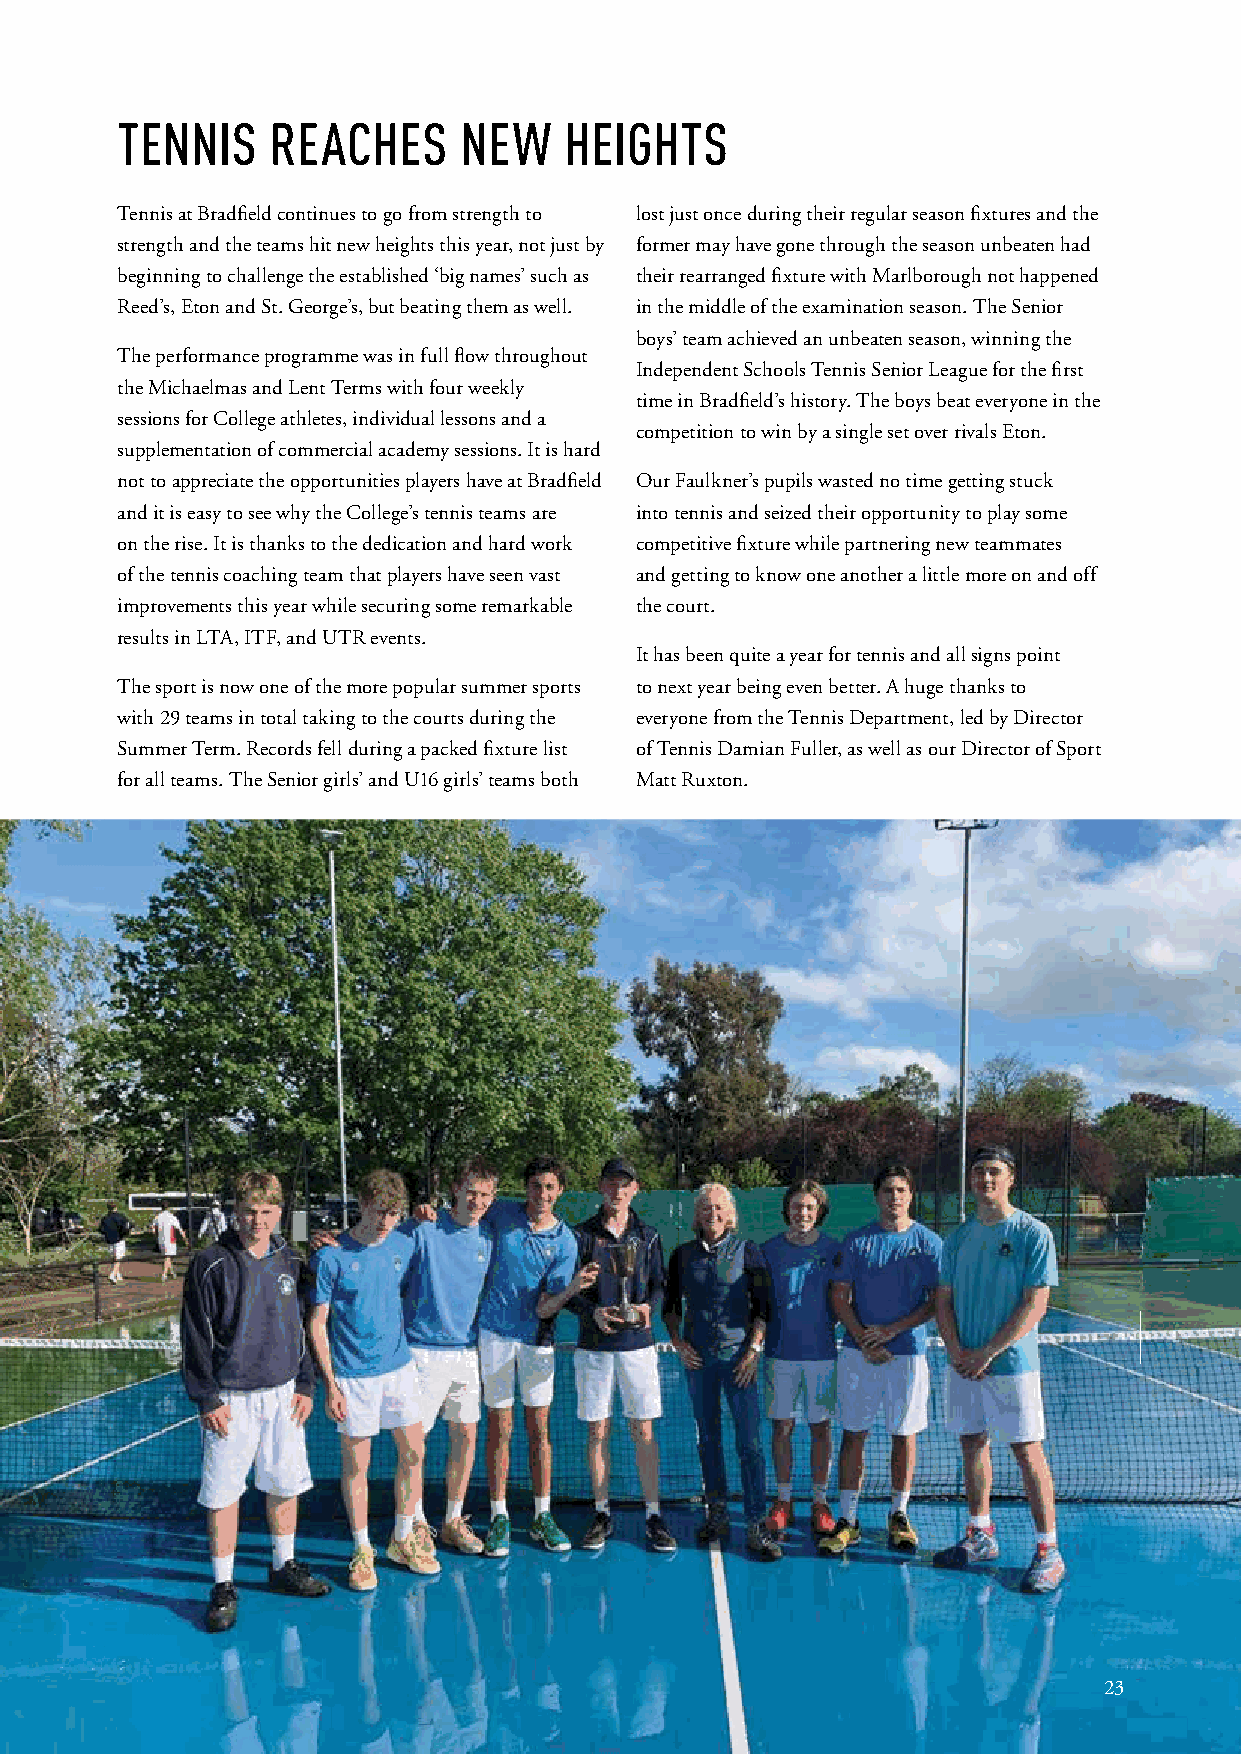
TENNIS    REACHES     NEW    HEIGHTS
 Tennis at Bradfield continues to go from strength to lost just once during their regular season fixtures and the
 strength and the teams hit new heights this year, not just by former may have gone through the season unbeaten had
 beginning to challenge the established ‘big names’ such as their rearranged fixture with Marlborough not happened
 Reed’s, Eton and St. George’s, but beating them as well. in the middle of the examination season. The Senior
 boys’ team achieved an unbeaten season, winning the
 The performance programme was in full flow throughout
 Independent Schools Tennis Senior League for the first
 the Michaelmas and Lent Terms with four weekly
 time in Bradfield’s history. The boys beat everyone in the
 sessions for College athletes, individual lessons and a
 competition to win by a single set over rivals Eton.
 supplementation of commercial academy sessions. It is hard
 not to appreciate the opportunities players have at Bradfield Our Faulkner’s pupils wasted no time getting stuck
 and it is easy to see why the College’s tennis teams are into tennis and seized their opportunity to play some
 on the rise. It is thanks to the dedication and hard work competitive fixture while partnering new teammates
 of the tennis coaching team that players have seen vast and getting to know one another a little more on and off
 improvements this year while securing some remarkable the court.
 results in LTA, ITF, and UTR events.
 It has been quite a year for tennis and all signs point
 The sport is now one of the more popular summer sports to next year being even better. A huge thanks to
 with 29 teams in total taking to the courts during the everyone from the Tennis Department, led by Director
 Summer Term. Records fell during a packed fixture list of Tennis Damian Fuller, as well as our Director of Sport
 for all teams. The Senior girls’ and U16 girls’ teams both Matt Ruxton.
 23